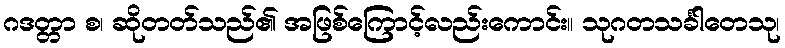
ဂဒတ္တာ စ၊ ဆိုတတ်သည်၏ အဖြစ်ကြောင့်လည်းကောင်း။ သုဂတသင်္ခါတေသု၊